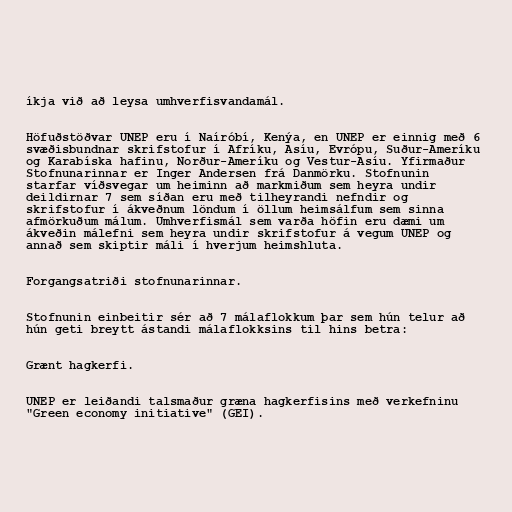
íkja við að leysa umhverfisvandamál.

Höfuðstöðvar UNEP eru í Naíróbí, Kenýa, en UNEP er einnig með 6
svæðisbundnar skrifstofur í Afríku, Asíu, Evrópu, Suður-Ameríku
og Karabíska hafinu, Norður-Ameríku og Vestur-Asíu. Yfirmaður
Stofnunarinnar er Inger Andersen frá Danmörku. Stofnunin
starfar víðsvegar um heiminn að markmiðum sem heyra undir
deildirnar 7 sem síðan eru með tilheyrandi nefndir og
skrifstofur í ákveðnum löndum í öllum heimsálfum sem sinna
afmörkuðum málum. Umhverfismál sem varða höfin eru dæmi um
ákveðin málefni sem heyra undir skrifstofur á vegum UNEP og
annað sem skiptir máli í hverjum heimshluta.

Forgangsatriði stofnunarinnar.

Stofnunin einbeitir sér að 7 málaflokkum þar sem hún telur að
hún geti breytt ástandi málaflokksins til hins betra:

Grænt hagkerfi.

UNEP er leiðandi talsmaður græna hagkerfisins með verkefninu
"Green economy initiative" (GEI).